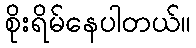
စိုးရိမ်နေပါတယ်။